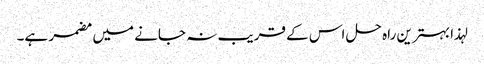
لہذا بہترین راہ حل اس کے قریب نہ جانے میں مضمر ہے۔